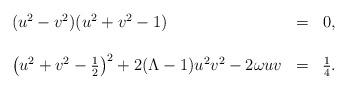
LaTeX: \begin{align*}\begin{array}{lcr}(u^2-v^2)(u^2+v^2-1)&=&0,\\ &&\\ \left(u^2+v^2-\frac{1}{2}\right)^2 +2 (\Lambda -1) u^2 v^2 -2 \omega uv&=&\frac{1}{4}.\end{array}\end{align*}